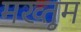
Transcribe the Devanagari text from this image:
मख्तुूम